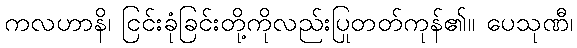
ကလဟာနိ၊ ငြင်းခုံခြင်းတို့ကိုလည်းပြုတတ်ကုန်၏။ ပေသုဏီ၊